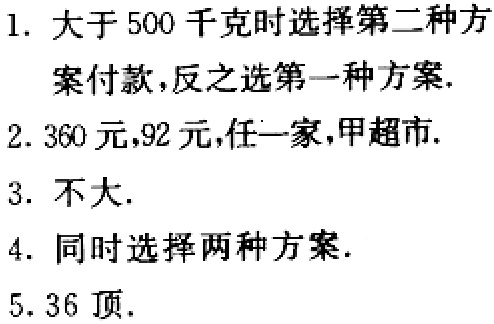
1. 大于 500 千克时选择第二种方案付款,反之选第一种方案.

2. 360 元,92 元,任一家,甲超市.

3. 不大.

4. 同时选择两种方案.

5. 36 顶.